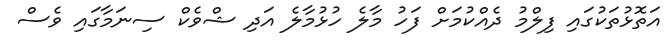
އަތޮޅުތަކުގައި ފިލްމު ދެއްކުމަށް ފަހު މާލެ ހުޅުމާލެ އަދި ޝްވެކް ސިނަމާގައި ވެސް